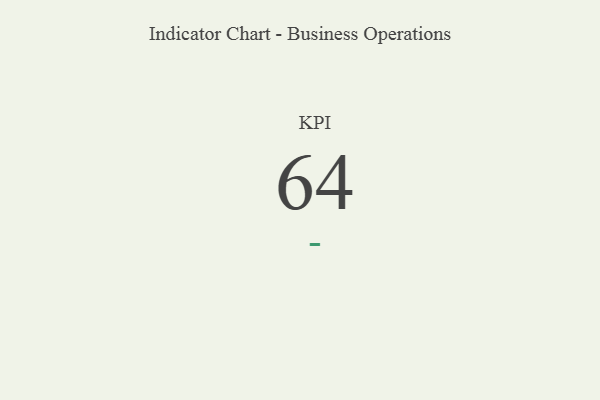
{"axis": {"x": "KPI", "y": "Value"}, "legend": [""], "data": [{"x": "KPI", "y": 64, "type": ""}]}